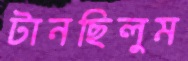
টানছিলুম